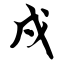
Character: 戍